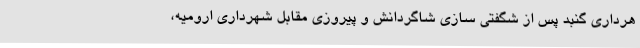
هرداری گنبد پس از شگفتی سازی شاگردانش و پیروزی مقابل شهرداری ارومیه،